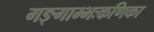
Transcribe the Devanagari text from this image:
गङ्गाम्भःकणिका